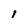
Character: I